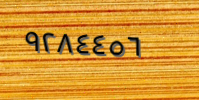
٩٢٨٤٤٥٦